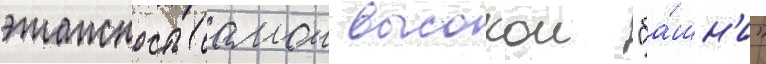
этажность самои высокои "ба́шн'и"